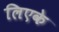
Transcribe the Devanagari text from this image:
लिएके